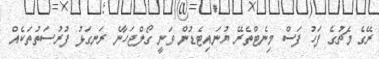
ރޭގެ މެޗުގެ ފަހު ފަސް މިނެޓްތެރޭ ޔުނައިޓެޑުން ވަނީ ގޯލްޖަހާނެ ރަނގަޅު ފުރުސަތުތަކެއް